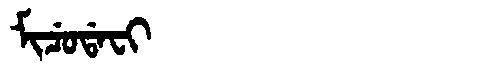
Manchu: ᠮᡳᠴᡠᡩᠠᠸᡳ
Romanization: MICUDAFI